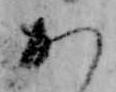
か